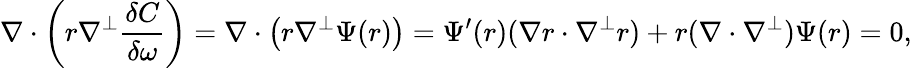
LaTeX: \nabla\cdot\left(r\nabla^{\perp}\frac{\delta C}{\delta\omega}\right)=\nabla\cdot\big(r\nabla^{\perp}\Psi(r)\big)=\Psi^{\prime}(r)(\nabla r\cdot\nabla^{\perp}r)+r(\nabla\cdot\nabla^{\perp})\Psi(r)=0,